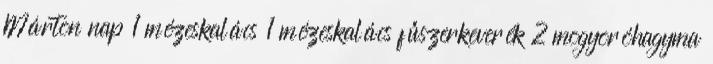
Márton nap 1 mézeskalács 1 mézeskalács fűszerkeverék 2 mogyoróhagyma